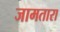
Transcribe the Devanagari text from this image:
जामतारा